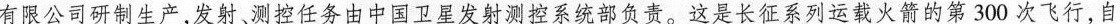
有限公司研制生产，发射、测控任务由中国卫星发射测控系统部负责。这是长征系列运载火箭的第3 0 0次飞行，自